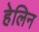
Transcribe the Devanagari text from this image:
हेलिन